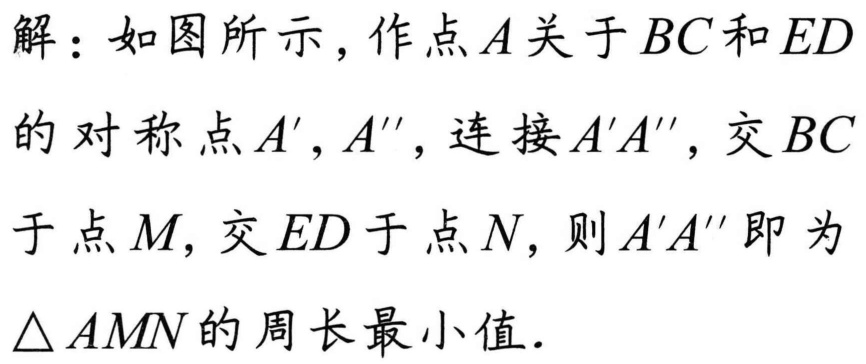
解：如图所示，作点$A$关于$BC$和$ED$
的对称点$A',A''$，连接$A'A''$，交$BC$
于点$M$, 交$ED$于点$N$，则$A'A''$即为
$\triangle AMN$的周长最小值.